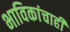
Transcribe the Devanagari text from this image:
भाविकांचाही